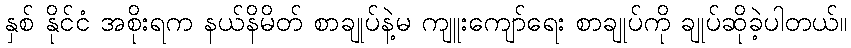
နှစ် နိုင်ငံ အစိုးရက နယ်နိမိတ် စာချုပ်နဲ့မ ကျူးကျော်ရေး စာချုပ်ကို ချုပ်ဆိုခဲ့ပါတယ်။